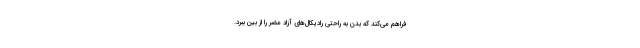
فراهم می‌کند که بدن به راحتی رادیکال‌های آزاد مضر را از بین ببرد.